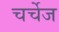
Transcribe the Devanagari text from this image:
चर्चेज